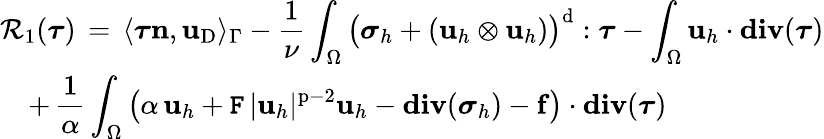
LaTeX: \begin{array}{l}{\displaystyle\mathcal{R}_{1}({\boldsymbol\tau})\, =\, \langle{\boldsymbol\tau}{\mathbf{n}},\mathbf{u}_{\mathrm{D}}\rangle_{\Gamma}-\frac{1}{\nu}\int_{\Omega}\big({\boldsymbol\sigma}_{h}+(\mathbf{u}_{h}\otimes\mathbf{u}_{h})\big)^{\mathrm{d}}:{\boldsymbol\tau}-\int_{\Omega}\mathbf{u}_{h}\cdot\mathbf{div}({\boldsymbol\tau})}\\ {\displaystyle\quad+\, \frac{1}{\alpha}\int_{\Omega}\big(\alpha\, \mathbf{u}_{h}+\mathtt{F}\, |\mathbf{u}_{h}|^{\mathrm{p}-2}\mathbf{u}_{h}-\mathbf{div}({\boldsymbol\sigma}_{h})-\mathbf{f}\big)\cdot\mathbf{div}({\boldsymbol\tau})}\end{array}